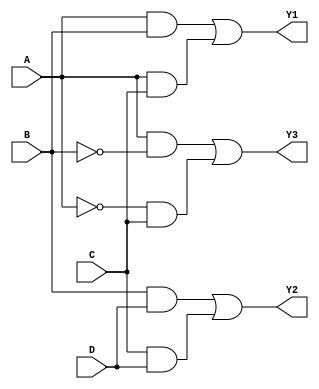
module jewel_pal (
    input wire A,
    input wire B,
    input wire C,
    input wire D,
    output wire Y1,
    output wire Y2,
    output wire Y3
);

// Programmable AND gates
wire and1, and2, and3, and4, and5, and6;

// Example of programmable AND gate configurations
// AND gate 1: A AND B
assign and1 = A & B;

// AND gate 2: A AND C
assign and2 = A & C;

// AND gate 3: B AND D
assign and3 = B & D;

// AND gate 4: C AND D
assign and4 = C & D;

// AND gate 5: A AND NOT B
assign and5 = A & ~B;

// AND gate 6: NOT A AND C
assign and6 = ~A & C;

// Fixed OR array connections
// Output Y1 is driven by AND gates 1 and 2
assign Y1 = and1 | and2;

// Output Y2 is driven by AND gates 3 and 4
assign Y2 = and3 | and4;

// Output Y3 is driven by AND gates 5 and 6
assign Y3 = and5 | and6;

endmodule